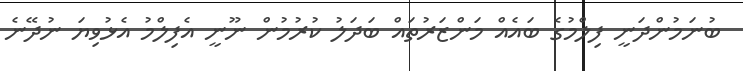
ބުނަމުންދަނީ ފިލްމުގެ ބައެއް މަންޒަރުތައް ބަދަލު ކުރުމުން ނޫނީ އެފިލްމު އެޅުވިޔަ ނުދޭނެ